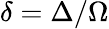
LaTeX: \delta=\Delta/\Omega